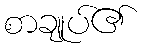
စာချုပ်၏